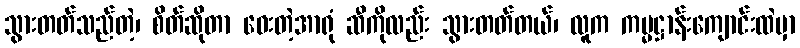
သွားတတ်သည်တဲ့၊ စိတ်ဆိုတာ ဝေးတဲ့အာရုံ ဆီကိုလည်း သွားတတ်တယ်၊ လူက ကမ္မဋ္ဌာန်းကျောင်းထဲမှာ